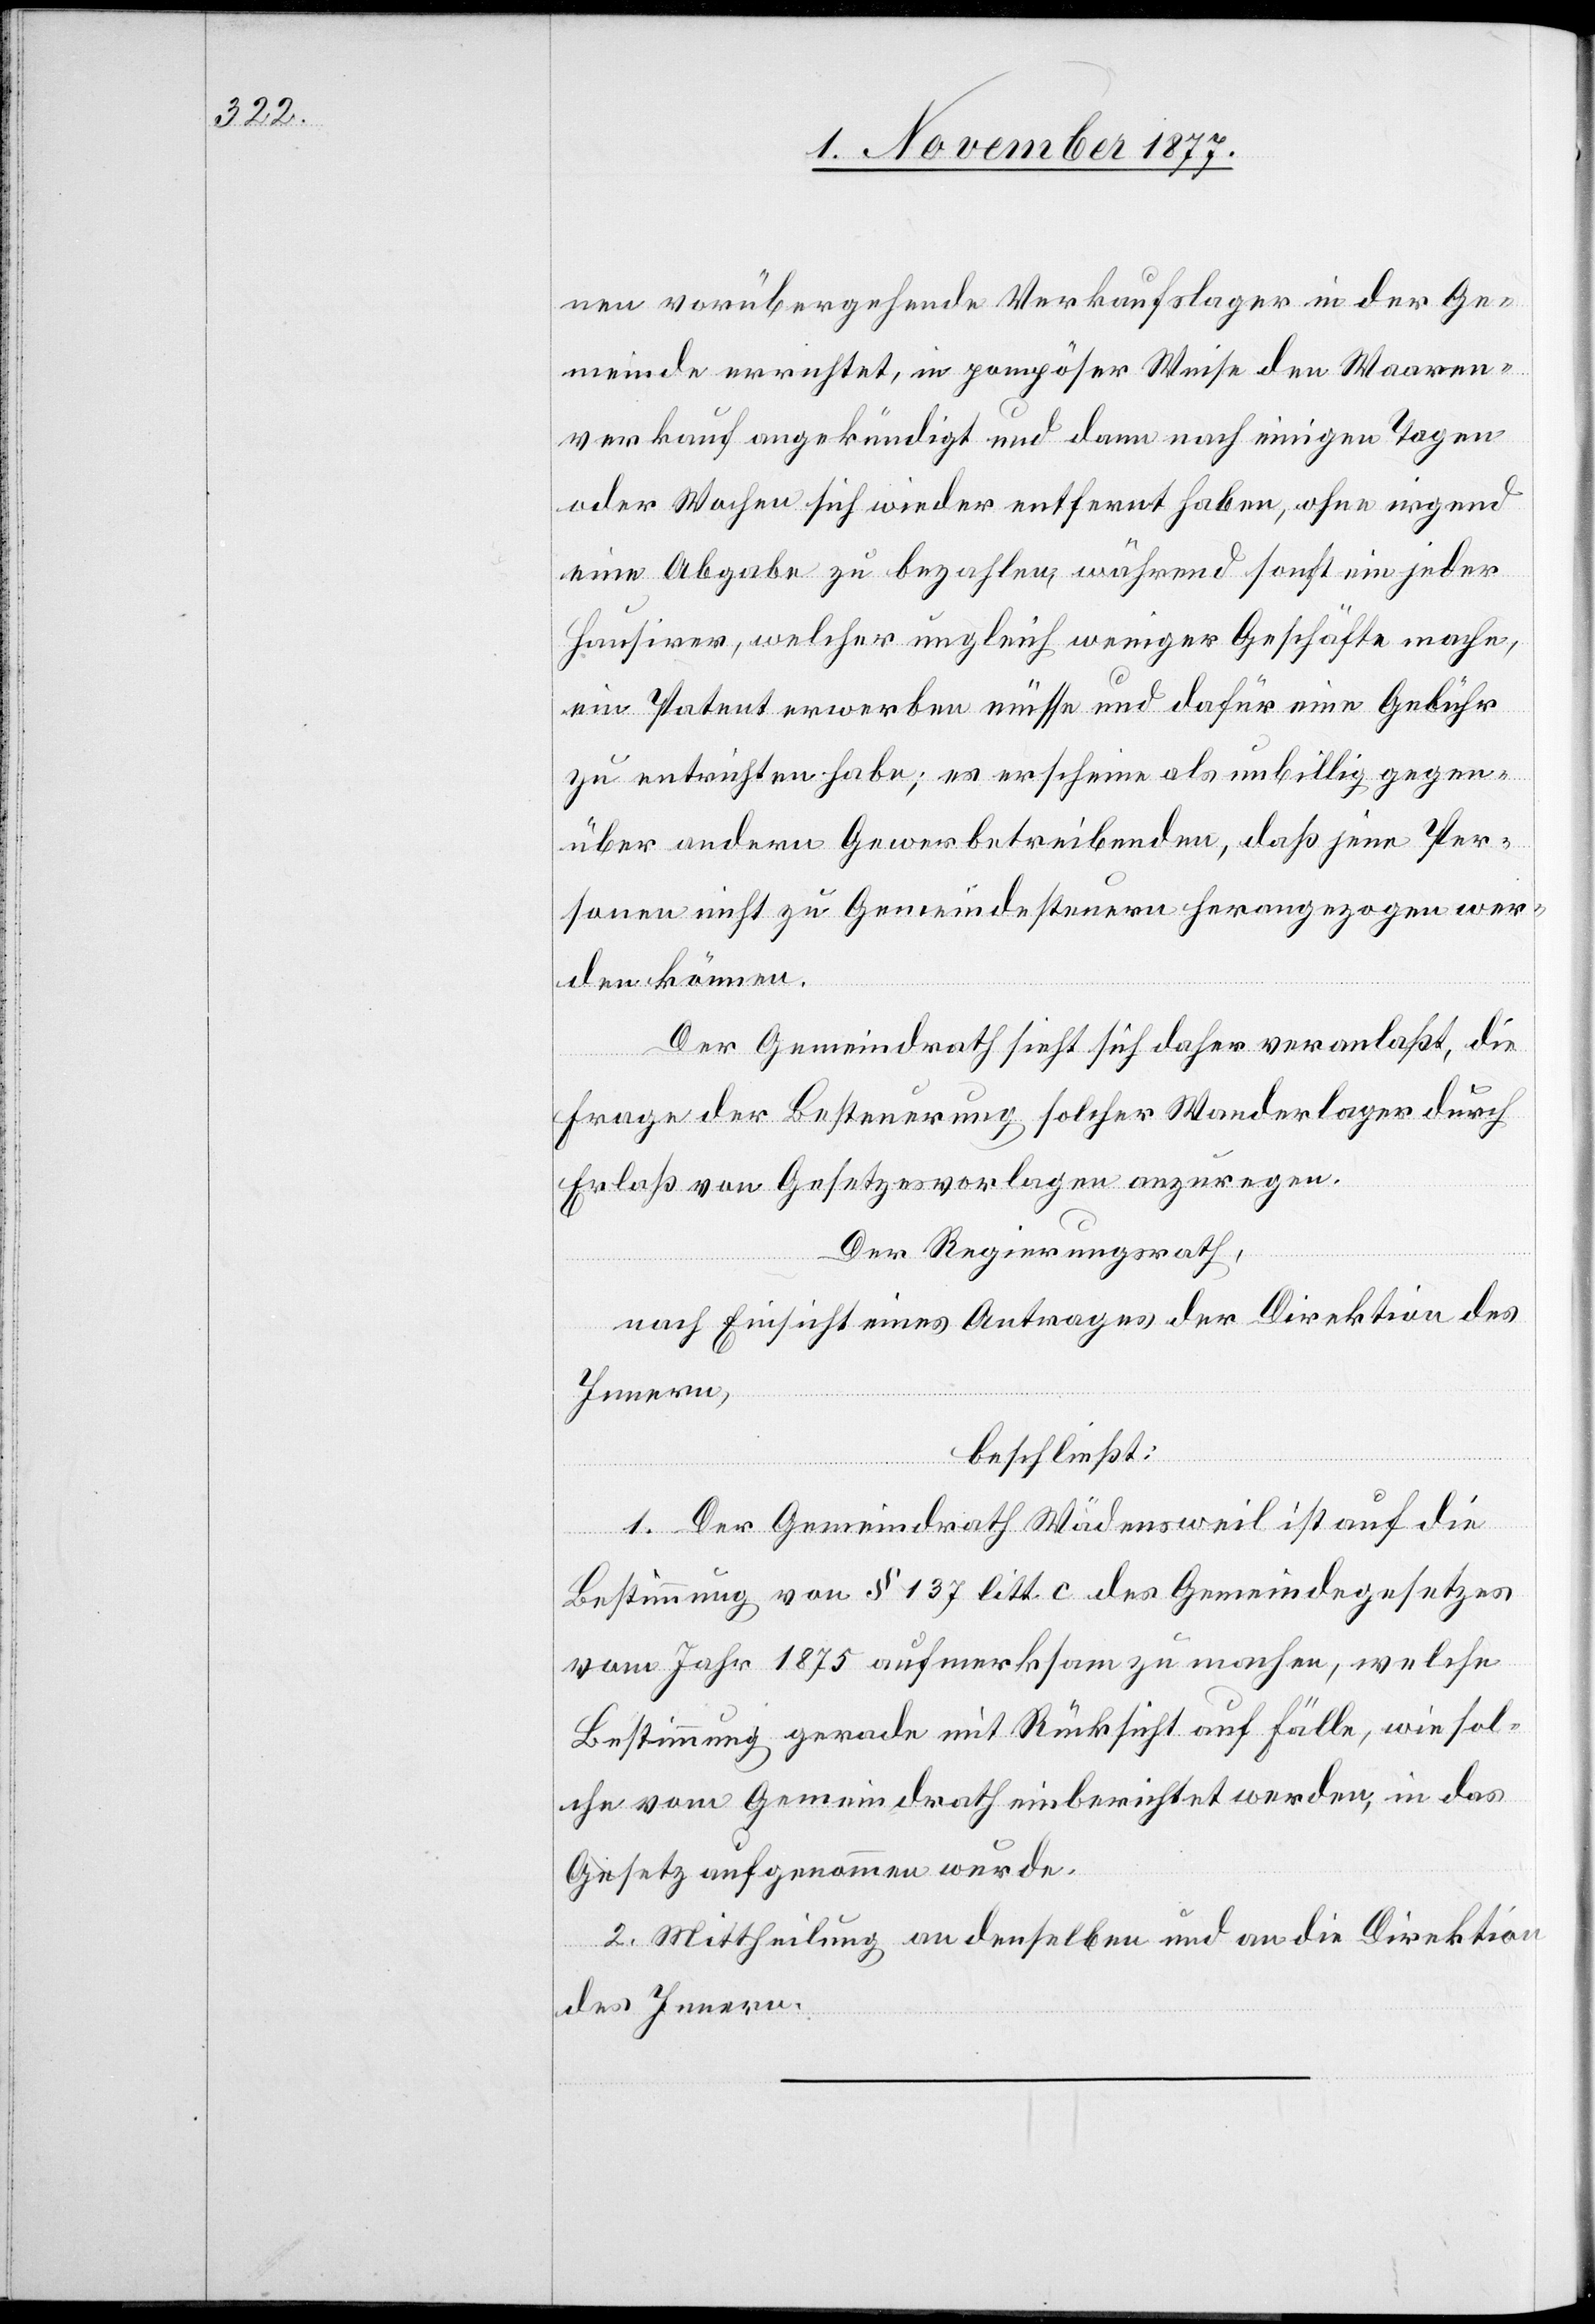
nen vorübergehende Verkaufslager in der Ge¬
meinde errichtet, in pompöser Weise den Waaren¬
verkauf angekündigt und dann nach einigen Tagen
oder Wochen sich wieder entfernt haben, ohne irgend
eine Abgabe zu bezahlen, während sonst ein jeder
Hausirer, welcher ungleich weniger Geschäfte mache,
ein Patent erwerben müsse und dafür eine Gebühr
zu entrichten habe; es erscheine als unbillig gegen¬
über andern Gewerbetreibenden, daß jene Per¬
sonen nicht zu Gemeindesteuern herangezogen wer¬
den können.
Der Gemeindrath sieht sich daher veranlaßt, die
Frage der Besteuerung solcher Wanderlager durch
Erlaß von Gesetzesvorlagen anzuregen.
Der Regierungsrath,
nach Einsicht eines Antrages der Direktion des
Innern,
beschließt:
1. Der Gemeindrath Wädensweil ist auf die
Bestimmung von § 137 litt. c des Gemeindegesetzes
vom Jahr 1875 aufmerksam zu machen, welche
Bestimmung gerade mit Rücksicht auf Fälle, wie sol¬
che vom Gemeindrath einberichtet werden, in das
Gesetz aufgenommen wurde.
2. Mittheilung an denselben und an die Direktion
des Innern.